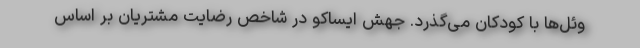
وئل‌ها با کودکان می‌گذرد. جهش ایساکو در شاخص رضایت مشتریان بر اساس